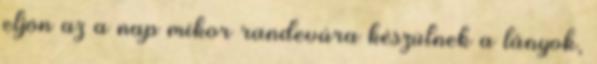
eljön az a nap mikor randevúra készülnek a lányok,